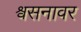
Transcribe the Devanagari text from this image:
श्वसनावर